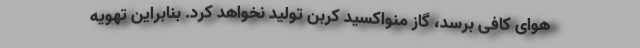
هوای کافی برسد، گاز منواکسید کربن تولید نخواهد کرد. بنابراین تهویه